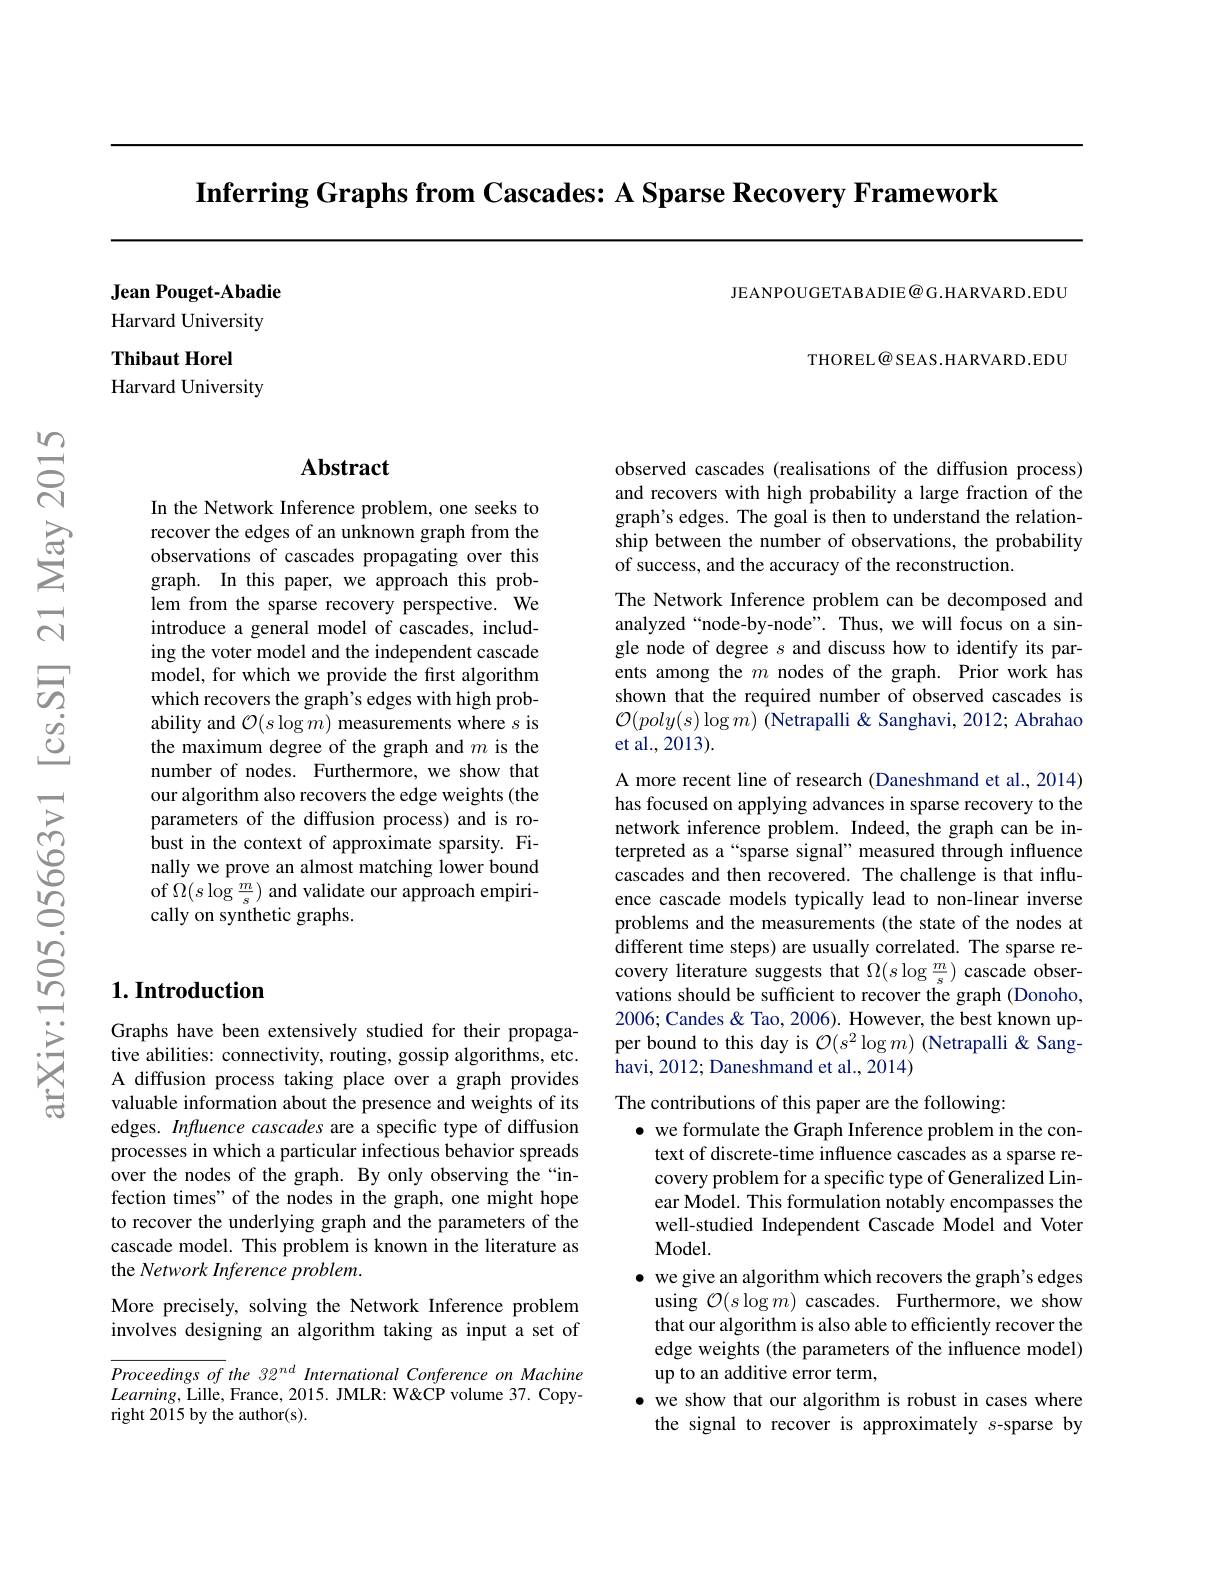
Inferring Graphs from Cascades: A Sparse Recovery Framework

JEANPOUGETABADIE@ G.HARVARD.EDU

Jean Pouget-Abadie Harvard University Thibaut Horel
Harvard University

THOREL@SEAS.HARVARD.EDU

## Abstract

In the Network Inference problem, one seeks to recover the edges of an unknown graph from the observations of cascades propagating over this graph. In this paper, we approach this problem from the sparse recovery perspective. We introduce a general model of cascades, including the voter model and the independent cascade model, for which we provide the first algorithm which recovers the graph's edges with high probability and $\mathcal{O}(s\log m)$ measurements where $s$ is the maximum degree of the graph and $m$ is the number of nodes. Furthermore, we show that our algorithm also recovers the edge weights (the parameters of the diffusion process) and is robust in the context of approximate sparsity. Finally we prove an almost matching lower bound of $\Omega(s\log\frac{m}{s})$ and validate our approach empirically on synthetic graphs.

## $1. \textbf{Introduction}$

Graphs have been extensively studied for their propagative abilities: connectivity, routing, gossip algorithms, etc. A diffusion process taking place over a graph provides valuable information about the presence and weights of its edges. Influence cascades are a specific type of diffusion processes in which a particular infectious behavior spreads over the nodes of the graph. By only observing the “infection times" of the nodes in the graph, one might hope to recover the underlying graph and the parameters of the cascade model. This problem is known in the literature as the Network Inference problem.

### More precisely, solving the Network Inference problem involves designing an algorithm taking as input a set of

$\overline{Proceedingsof}$ the 32$^nd$ International Conference on Machine $Learning$,Lille, France, 2015. JMLR: W&CP volume 37. Copyright 2015 by the author(s).

observed cascades (realisations of the diffusion process) and recovers with high probability a large fraction of the graph's edges. The goal is then to understand the relationship between the number of observations, the probability of success, and the accuracy of the reconstruction

The Network Inference problem can be decomposed and analyzed“node-by-node”. Thus, we will focus on a single node of degree $s$ and discuss how to identify its parents among the $m$ nodes of the graph. Prior work has shown that the required number of observed cascades is $\mathcal{O}(poly(s)\log m)$ (Netrapalli & Sanghavi, 2012; Abrahao et al., 2013).

A more recent line of research (Daneshmand et al., 2014) has focused on applying advances in sparse recovery to the network inference problem. Indeed, the graph can be interpreted as a“sparse signal”measured through influence cascades and then recovered. The challenge is that influence cascade models typically lead to non-linear inverse problems and the measurements (the state of the nodes at different time steps) are usually correlated. The sparse recovery literature suggests that $\Omega(s\log\frac{m}{s})$ cascade observations should be sufficient to recover the graph (Donoho, 2006; Candes & Tao, 2006). However, the best known upper bound to this day is $\mathcal{O}(s^2\log m)$ (Netrapalli &Sanghavi, 2012; Daneshmand et al., 2014)

The contributions of this paper are the following:
$\bullet$ we formulate the Graph Inference problem in the context of discrete-time influence cascades as sparse recovery problem for a specific type of Generalized Linear Model. This formulation notably encompasses the well-studied Independent Cascade Model and Voter Model.
$\bullet$ we give an algorithm which recovers the graph's edges

using $\mathcal{O}(s\log m)$ cascades. Furthermore, we show that our algorithm is also able to efficiently recover the edge weights (the parameters of the influence model) up to an additive error term,
$\bullet$ we show that our algorithm is robust in cases where the signal to recover is approximately $s$-sparse by